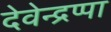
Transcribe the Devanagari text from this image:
देवेन्द्रप्पा